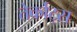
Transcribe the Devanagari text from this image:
तेर्कोट्स